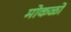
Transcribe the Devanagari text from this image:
मोकळो